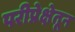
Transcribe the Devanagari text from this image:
परीप्रेक्षेतून